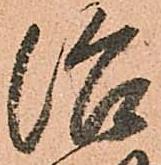
治